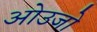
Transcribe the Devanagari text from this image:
ओउजो